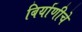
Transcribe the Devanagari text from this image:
बिर्याणीचे